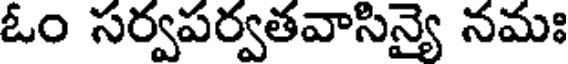
ఓం సర్వపర్వతవాసిన్యై నమః